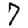
Digit: 7